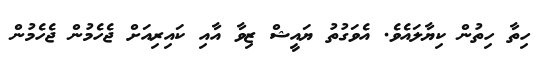
ހިތާ ހިތުން ކިޔާލައެވެ. އެވަގުތު ޔައީޝް ޒިވާ އާއި ކައިރިއަށް ޖެހެމުން ޖެހެމުން